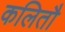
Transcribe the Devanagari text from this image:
कलितौ